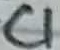
Text: C1